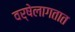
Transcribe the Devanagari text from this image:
वर्षेलागतात